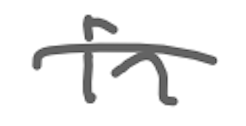
Text: in
Cross-out: single-line
Writing tool: digital_gray